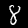
Digit: 8